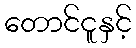
တောင်ငူနှင့်